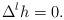
LaTeX: \begin{align*} \Delta^l h = 0.\end{align*}